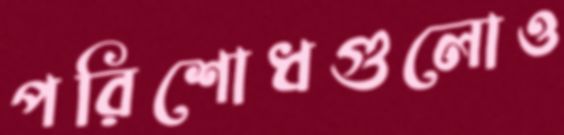
পরিশোধগুলোও